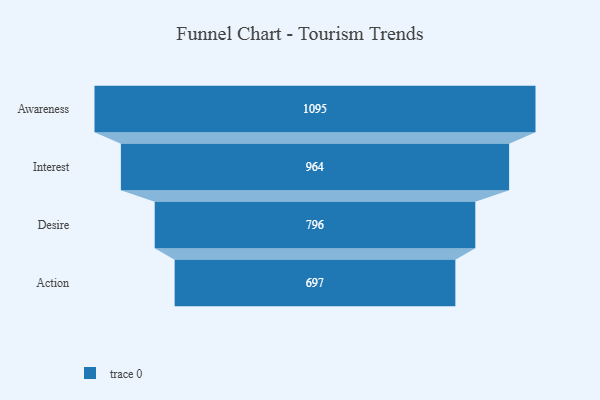
{"axis": {"x": "Stage", "y": "Value"}, "legend": [""], "data": [{"x": "Awareness", "y": 1095.0, "type": ""}, {"x": "Interest", "y": 964.0, "type": ""}, {"x": "Desire", "y": 796.0, "type": ""}, {"x": "Action", "y": 697.0, "type": ""}]}